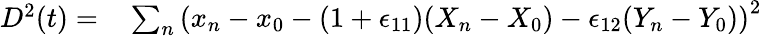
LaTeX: \begin{array}{rl}{D^{2}(t)=}&{{}\sum_{n}\left(x_{n}-x_{0}-(1+\epsilon_{11})(X_{n}-X_{0})-\epsilon_{12}(Y_{n}-Y_{0})\right)^{2}}\end{array}